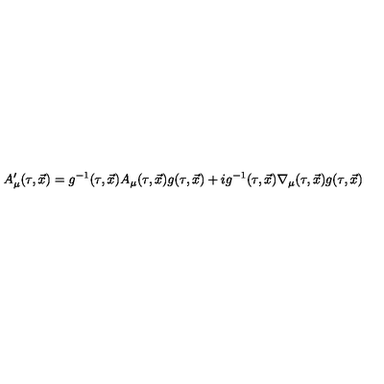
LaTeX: A _ { \mu } ^ { \prime } ( \tau , \vec { x } ) = g ^ { - 1 } ( \tau , \vec { x } ) A _ { \mu } ( \tau , \vec { x } ) g ( \tau , \vec { x } ) + i g ^ { - 1 } ( \tau , \vec { x } ) \nabla _ { \mu } ( \tau , \vec { x } ) g ( \tau , \vec { x } )